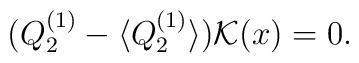
(Q_2^{(1)}-\langle Q_2^{(1)}\rangle){\cal K}(x)=0.